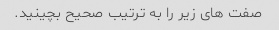
صفت های زیر را به ترتیب صحیح بچینید.